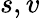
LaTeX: s,v